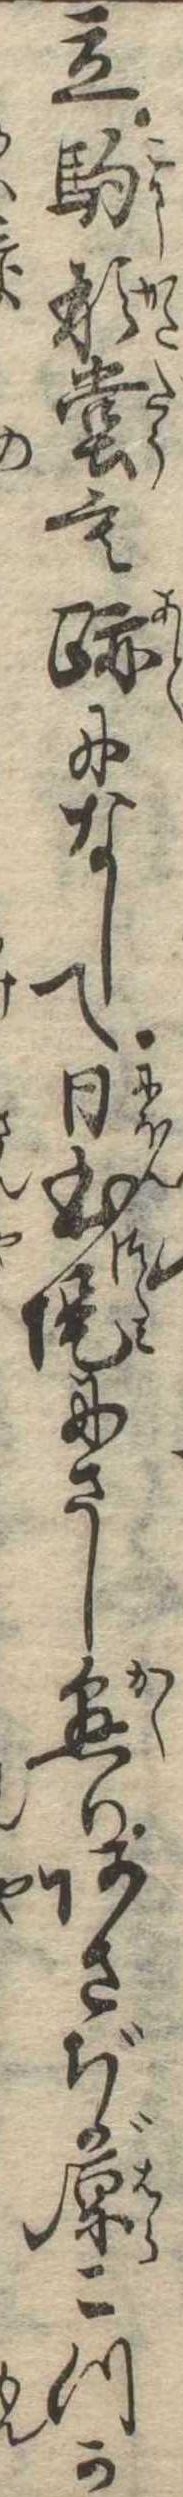
立駒形堂も跡になして日本堤にさし懸りあさぢが原こつか